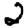
Digit: 2